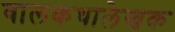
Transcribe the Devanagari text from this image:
बालकथालेखक